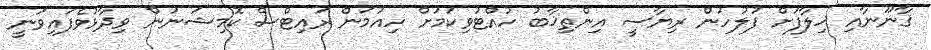
ޤާނޫނާއި ޚިލާފަށް ފުލުހުން ރިޔާސީ އިންތިޚާބު ހުއްޓުވިކަމަށް ހިއުމަން ރައިޓްސް ކޮމިޝަނުން ވިދާޅުވެފައިވަނީ